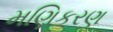
મણિકરણ